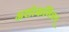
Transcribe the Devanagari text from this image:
अशोकमित्रन्